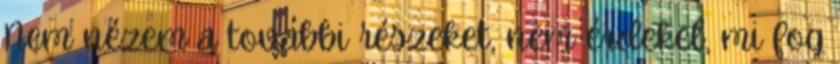
Nem nézem a további részeket, nem érdekel, mi fog